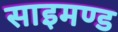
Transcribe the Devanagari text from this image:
साइमण्ड